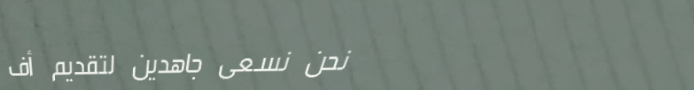
نحن نسعى جاهدين لتقديم أف